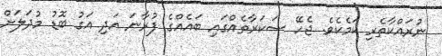
ނުރައްކާތެރި ކަމެކެވެ. ޖެހޭ ސަކަރާތެއްގައި ބައެއްގެ ފުރާނަ އަދި އަގު ބޮޑު މުދަލަށް